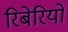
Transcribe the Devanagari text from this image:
रिबेरियो